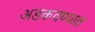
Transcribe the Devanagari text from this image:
अडकवण्यात